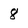
Character: 8